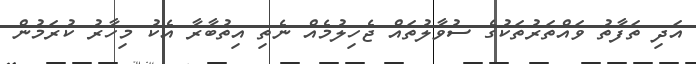
އަދި ތަފާތު ވައްތަރުތަކުގެ ސުވާލުތައް ޖެހިލުމެއް ނެތި އިތުބާރާ އެކު މިހާރު ކުރަމުން